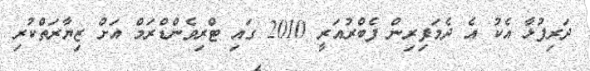
ދަރިފުޅާ އެކު އެ ދެމަފިރިން ފެބްރުއަރީ 2010 ގައި ޓްރިވެންޑްރަމް އަށް ޒިޔާރަތްކުރި